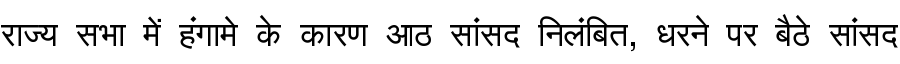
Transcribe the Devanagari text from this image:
राज्य सभा में हंगामे के कारण आठ सांसद निलंबित, धरने पर बैठे सांसद